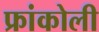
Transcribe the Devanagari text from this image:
फ्रांकोली